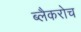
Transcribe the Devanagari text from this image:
ब्लैकरोच